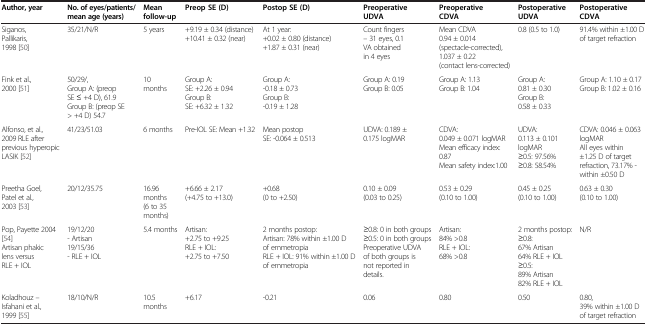
<table><thead><tr><td><b>Author,year</b></td><td><b>No. of eyes/patients/mean age(years)</b></td><td><b>Mean follow-up</b></td><td><b>Preop SE(D)</b></td><td><b>Postop SE(D)</b></td><td><b>Preoperative UDVA</b></td><td><b>Preoperative CDVA</b></td><td><b>Postoperative UDVA</b></td><td><b>Postoperative CDVA</b></td></tr></thead><tbody><tr><td>Siganos, Pallikaris,1998 [50]</td><td>35/21/N/R</td><td>5 years</td><td>+9.19 ± 0.34 (distance)+10.41 ± 0.32 (near)</td><td>At 1 year:+0.02 ± 0.80 (distance)+1.87 ± 0.31 (near)</td><td>Count fingers – 31 eyes, 0.1 VA obtained in 4 eyes</td><td>Mean CDVA0.94 ± 0.014(spectacle-corrected),1.037 ± 0.22(contact lens-corrected)</td><td>0.8 (0.5 to 1.0)</td><td>91.4% within ±1.00 D of target refraction</td></tr><tr><td>Fink et al.,2000 [51]</td><td>50/29/,Group A: (preop SE ≤ +4 D), 61.9Group B: (preop SE &gt; +4 D) 54.7</td><td>10 months</td><td>Group A: SE: +2.26 ± 0.94Group B: SE: +6.32 ± 1.32</td><td>Group A:-0.18 ± 0.73Group B:-0.19 ± 1.28</td><td>Group A: 0.19Group B: 0.05</td><td>Group A: 1.13Group B: 1.04</td><td>Group A:0.81 ± 0.30Group B:0.58 ± 0.33</td><td>Group A: 1.10 ± 0.17Group B: 1.02 ± 0.16</td></tr><tr><td>Alfonso, et al., 2009RLE after previous hyperopic LASIK [52]</td><td>41/23/51.03</td><td>6 months</td><td>Pre-IOL SE: Mean +1.32</td><td>Mean postop SE: -0.064 ± 0.513</td><td>UDVA: 0.189 ± 0.175 logMAR</td><td>CDVA:0.049 ± 0.071 logMARMean efficacy index:0.87Mean safety index:1.00</td><td>UDVA:0.113 ± 0.101 logMAR≥0.5: 97.56%≥0.8: 58.54%</td><td>CDVA: 0.046 ± 0.063 logMARAll eyes within ±1.25 D of target refraction, 73.17% - within ±0.50 D</td></tr><tr><td>Preetha Goel, Patel et al.,2003 [53]</td><td>20/12/35.75</td><td>16.96 months(6 to 35 months)</td><td>+6.66 ± 2.17(+4.75 to +13.0)</td><td>+0.68(0 to +2.50)</td><td>0.10 ± 0.09(0.03 to 0.25)</td><td>0.53 ± 0.29(0.10 to 1.00)</td><td>0.45 ± 0.25(0.10 to 1.00)</td><td>0.63 ± 0.30(0.10 to 1.00)</td></tr><tr><td>Pop, Payette 2004 [54]Artisan phakic lens versus RLE + IOL</td><td>19/12/20- Artisan19/15/36- RLE + IOL</td><td>5.4 months</td><td>Artisan:+2.75 to +9.25RLE + IOL:+2.75 to +7.50</td><td>2 months postop:Artisan: 78% within ±1.00 D of emmetropiaRLE + IOL: 91% within ±1.00 D of emmetropia</td><td>≥0.8: 0 in both groups≥0.5: 0 in both groupsPreoperative UDVA of both groups is not reported in details.</td><td>Artisan:84% &gt;0.8RLE + IOL:68% &gt;0.8</td><td>2 months postop:≥0.8:67% Artisan64% RLE + IOL≥0.5:89% Artisan82% RLE + IOL</td><td>N/R</td></tr><tr><td>Koladhouz – Isfahani et al., 1999 [55]</td><td>18/10/N/R</td><td>10.5 months</td><td>+6.17</td><td>-0.21</td><td>0.06</td><td>0.80</td><td>0.50</td><td>0.80,39% within ±1.00 D of target refraction</td></tr></tbody></table>